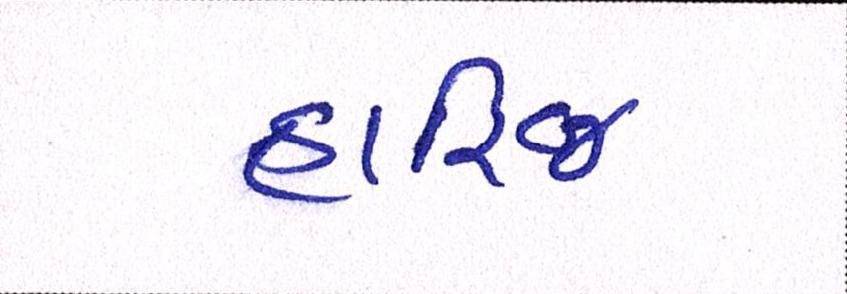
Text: હારિજ